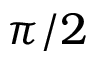
\pi / 2